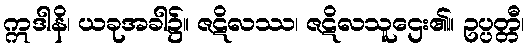
ဣဒါနိ၊ ယခုအခါ၌။ ဇဋိလဿ၊ ဇဋိလသူဌေး၏။ ဥပ္ပတ္တီ၊